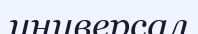
универсал